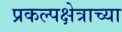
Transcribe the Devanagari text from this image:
प्रकल्पक्षेत्राच्या